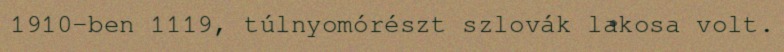
1910-ben 1119, túlnyomórészt szlovák lakosa volt.